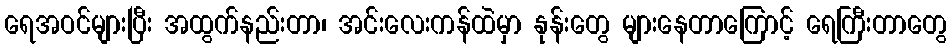
ရေအဝင်များပြီး အထွက်နည်းတာ၊ အင်းလေးကန်ထဲမှာ နုန်းတွေ များနေတာကြောင့် ရေကြီးတာတွေ